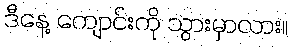
ဒီနေ့ ကျောင်းကို သွားမှာလား။